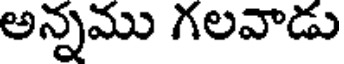
అన్నము గలవాడు